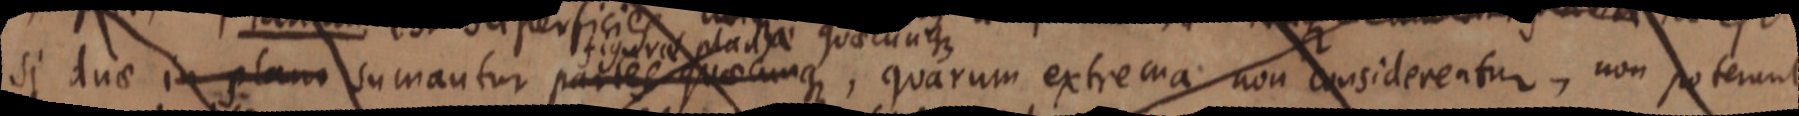
si duae in plano sumantur partes quaecunque, quarum extrema non considerentur, non poterunt